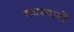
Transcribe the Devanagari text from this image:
सदस्यानी